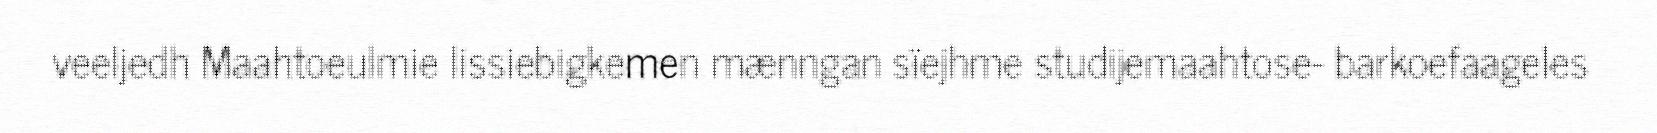
veeljedh Maahtoeulmie lissiebigkemen mænngan sïejhme studijemaahtose- barkoefaageles